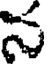
న